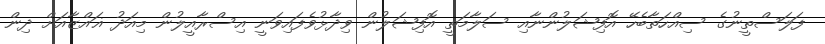
ފަލަސްތީނުގެ ސިއްހަތާބެހޭ އޮފިޝަލުންނާއި ސަލާމަތީ އޮފިޝަލުން ވިދާޅުވެފައިވަނީ އިސްރާއީލުން މިއަދު ޣައްޒާއަށް ދިން